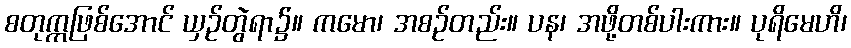
စတုက္ကဖြစ်အောင် ယှဉ်တွဲရာ၌။ ကမော၊ အစဉ်တည်း။ ပန၊ အဖို့တစ်ပါးကား။ ပုရိမေဟိ၊